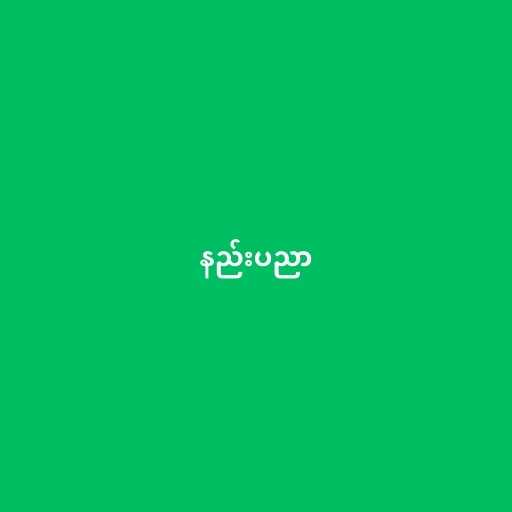
နည်းပညာ